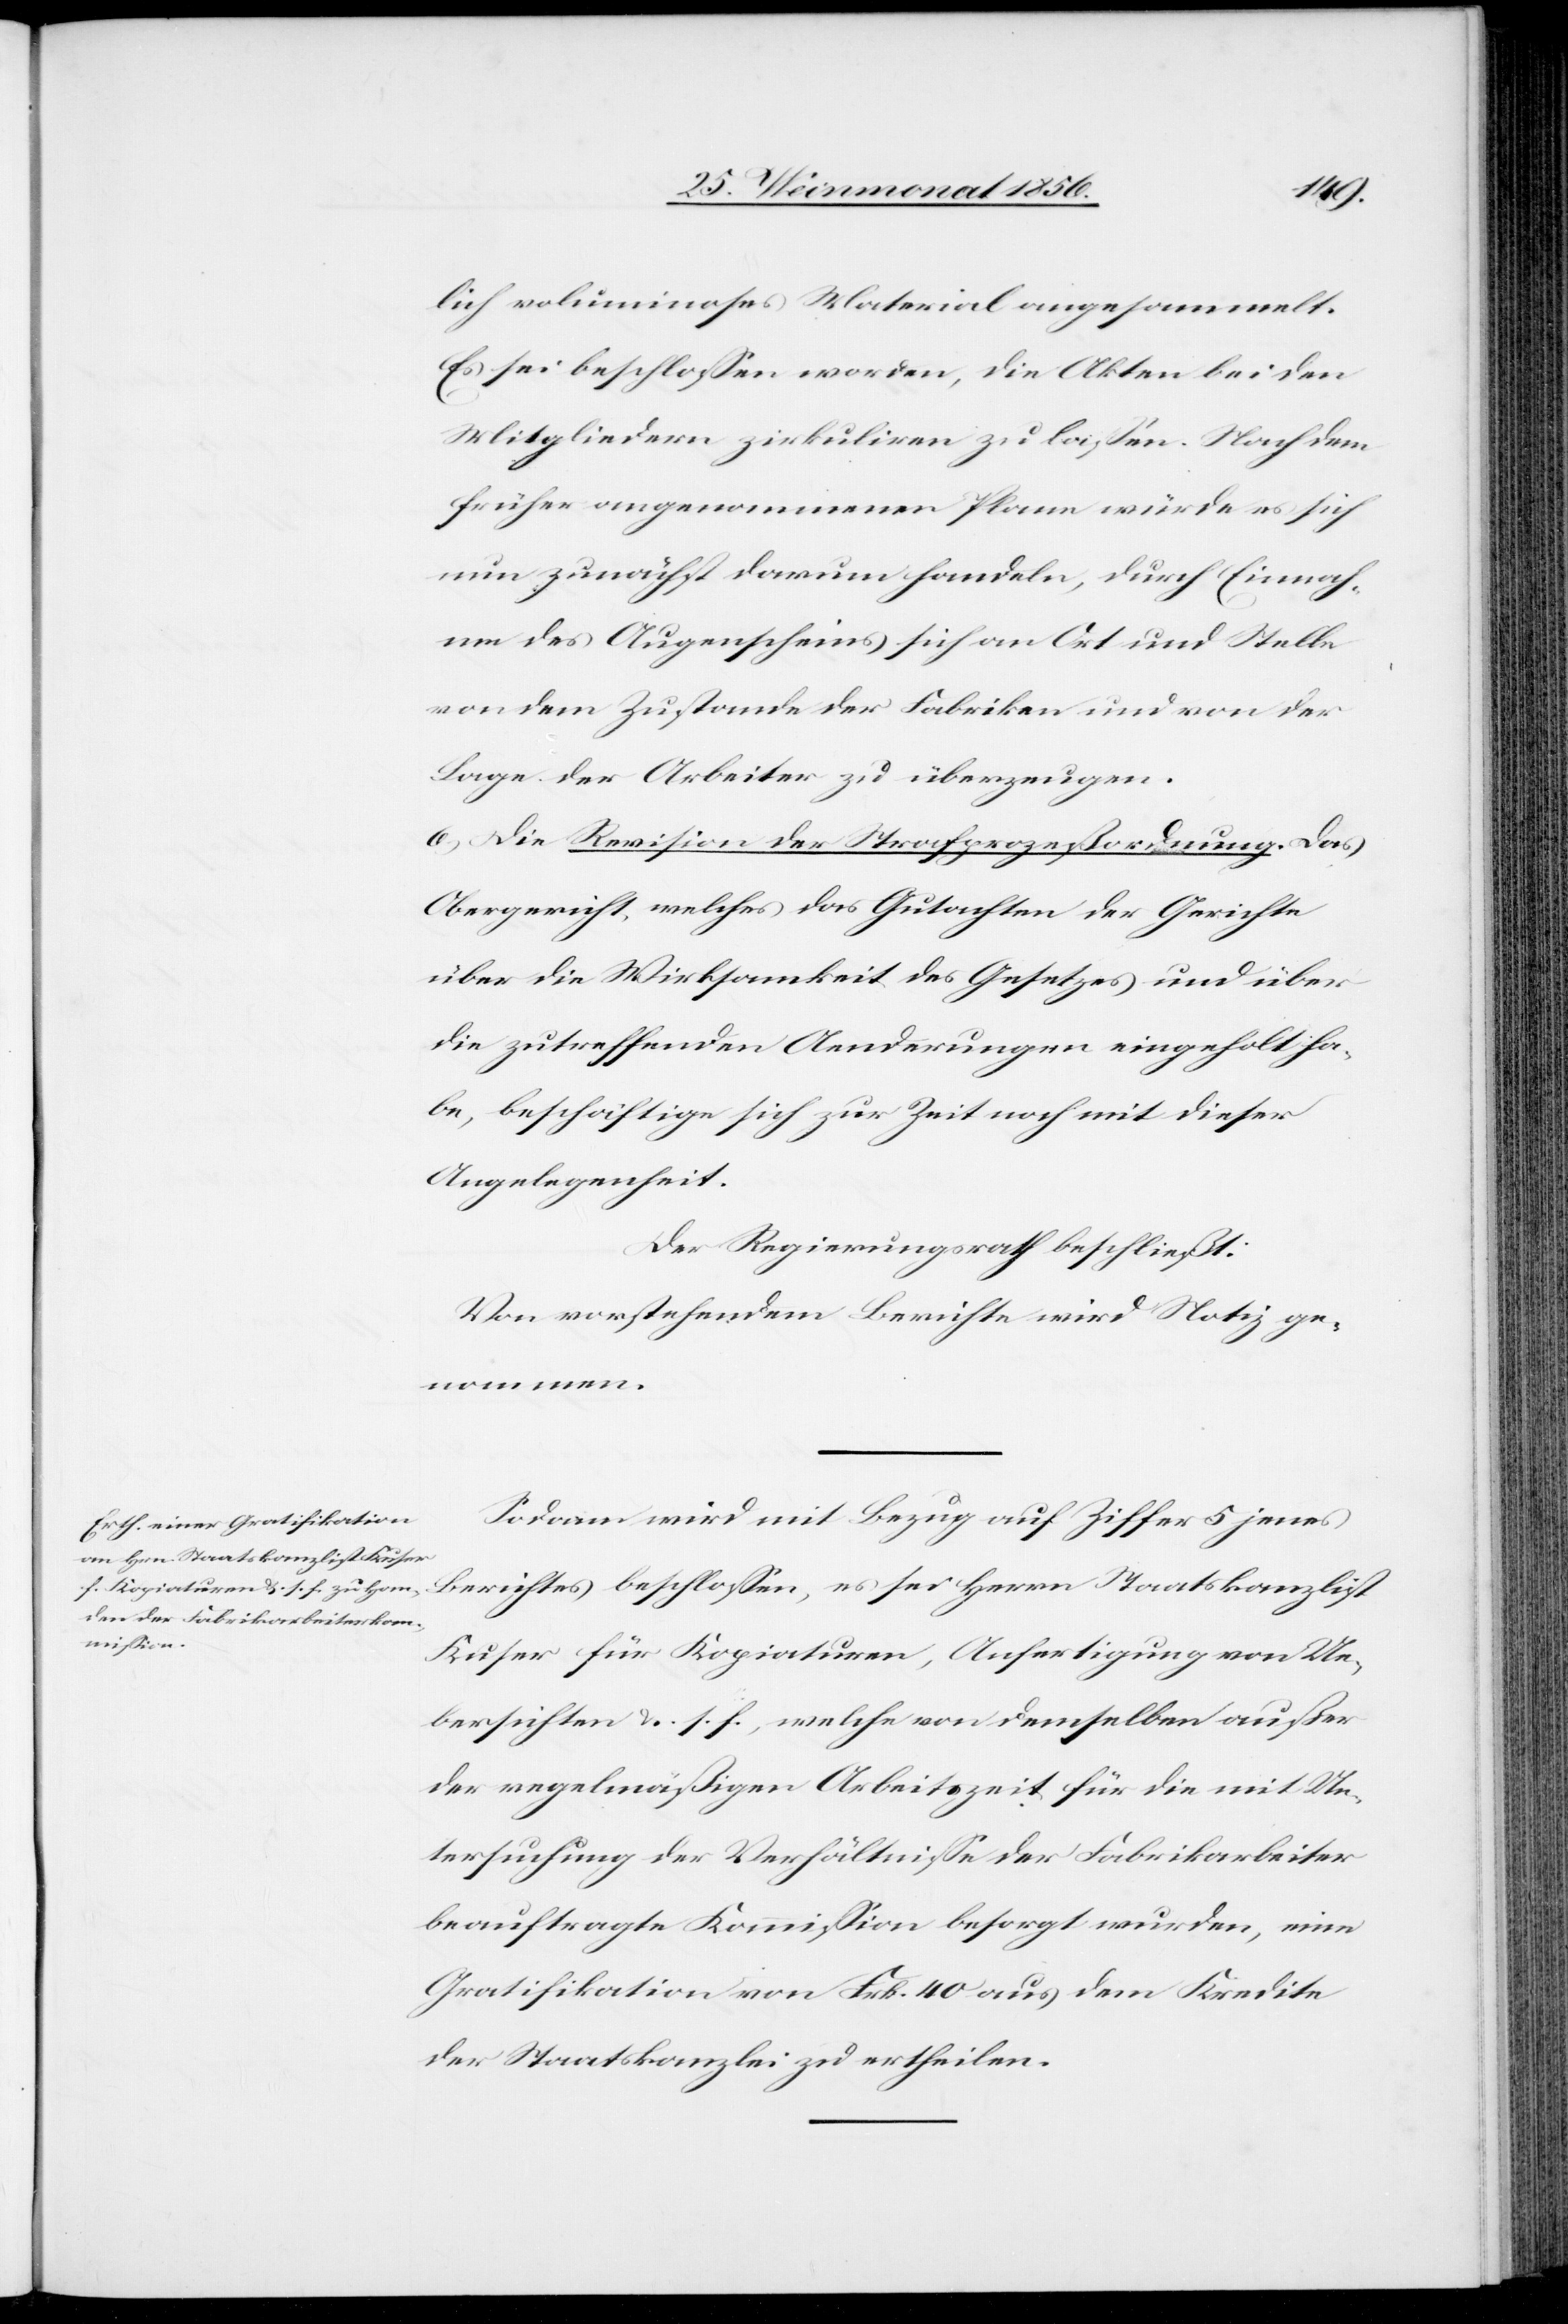
lich voluminoses Material angesammelt.
Es sei beschlossen worden, die Akten bei den
Mitgliedern zirkuliren zu lassen. Nach dem
früher angenommenen Plane würde es sich
nun zunächst darum handeln, durch Einnah¬
me des Augenscheins sich an Ort und Stelle
von dem Zustande der Fabriken und von der
Lage der Arbeiter zu überzeugen.
6.) Die Revision der Strafprozeßordnung. Das
Obergericht, welches das Gutachten der Gerichte
über die Wirksamkeit des Gesetzes und über
die zutreffenden Aenderungen eingeholt ha¬
be, beschäftige sich zur Zeit noch mit dieser
Angelegenheit.
Der Regierungsrath beschließt:
Von vorstehendem Berichte wird Notiz ge¬
nommen.
Sodann wird mit Bezug auf Ziffer 5 jenes
Berichtes beschlossen, es sei Herrn Staatskanzlist
Kuser für Kopiaturen, Anfertigung von Ue¬
bersichten &. s. f., welche von demselben außer
der regelmäßigen Arbeitszeit für die mit Un¬
tersuchung der Verhältnisse der Fabrikarbeiter
beauftragte Kommission besorgt wurden, eine
Gratifikation von Frk. 40 aus dem Kredite
der Staatskanzlei zu ertheilen.